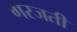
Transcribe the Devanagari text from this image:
गरजती